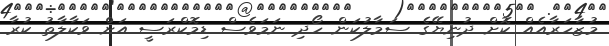
މުޒާހަރާއެއް ކޮށް ދުނިޔޭގެ ސަމާލުކަން ހޯދި ނަމަވެސް ޑިމޮކްރަސީ އަށް ވަކާލާތު ކުރާ